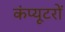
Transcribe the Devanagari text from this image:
कंप्‍यूटरों